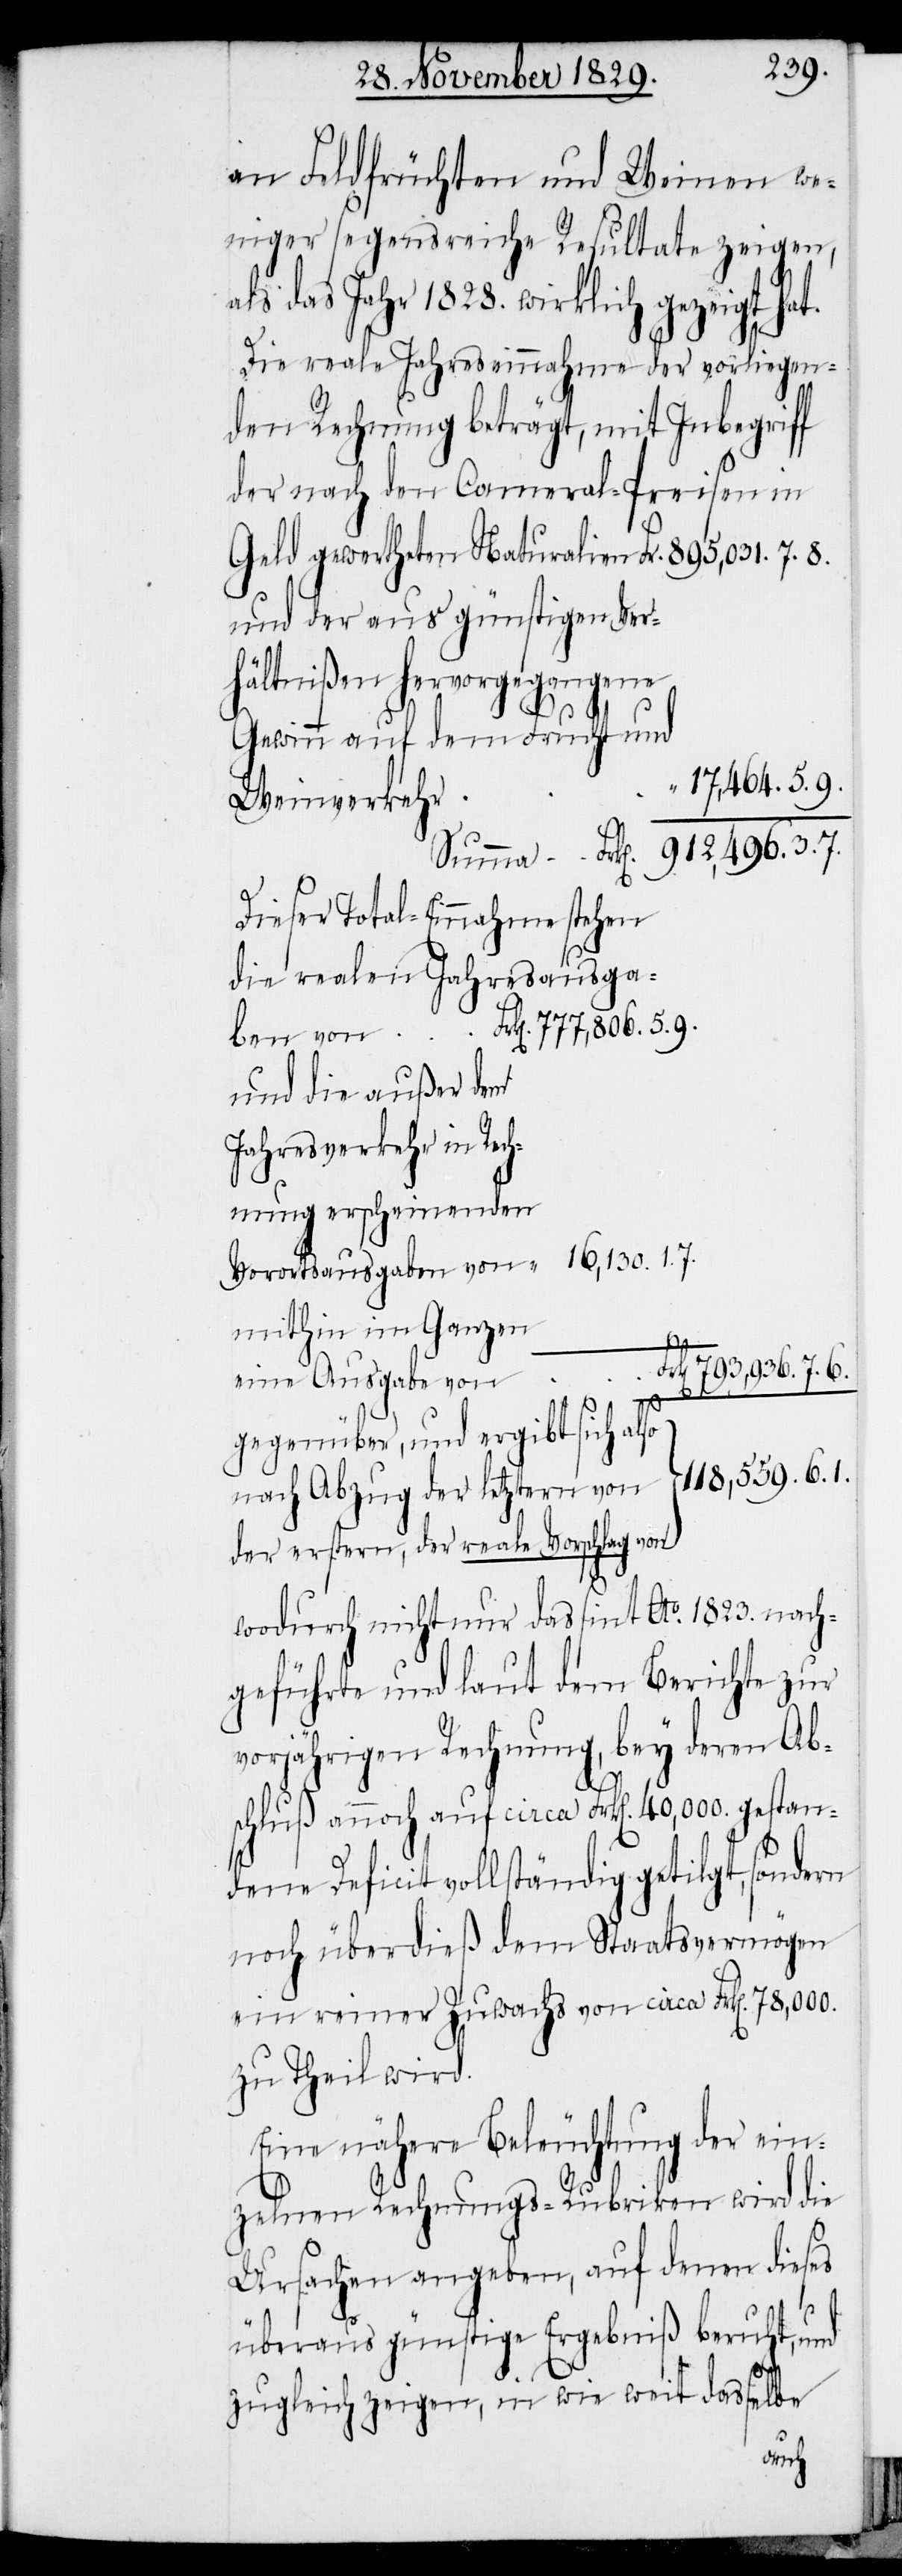
an Feldfrüchten und Weinen we¬
niger segensreiche Resultate zeigen,
als das Jahr 1828. wirklich gezeigt hat.
Die reale Jahreseinnahme der vorliegen¬
der nach den Cameral-Preisen in
und der aus günstigen Ver¬
hältnißen hervorgegangene
Gewinn auf dem Frucht- und
17,464.5.9.
Weinverkehr
Dieser Total-Einnahme stehen
die realen Jahresausga¬
und die außer dem
Jahresverkehr in Rech¬
nung erscheinenden
16,130.1.7.
Vorortsausgaben von
mithin im Ganzen
eine Ausgabe von
von
gegenüber, und ergibt sich also
nach Abzug der letztern von der
erstern, der reale Vorschlag von
wodurch nicht nur das sint Ao. 1823. nach¬
geführte und laut dem Berichte zur
vorjährigen Rechnung, bey deren Ab¬
schluß annoch auf circa Frk[en]. 40,000. gestan¬
dene Deficit vollständig getilgt, sondern
noch überdieß dem Staatsvermögen
ein reiner Zuwachs von circa Frk[en]. 78,000.
zu Theil wird.
Eine nähere Beleuchtung der ein¬
zelnen Rechnungs-Rubriken wird die
Ursachen angeben, auf denen dieses
überaus günstige Ergebniß beruht, und
zugleich zeigen, in wie weit dasselbe